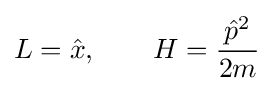
L={\hat {x}},\qquad H={\frac {{\hat {p}}^{2}}{2m}}